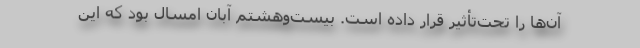
آن‌ها را تحت‌تأثیر قرار داده است. بیست‌وهشتم آبان امسال بود که این